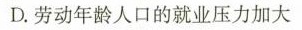
D.劳动年龄人口的就业压力加大